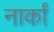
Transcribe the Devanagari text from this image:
नार्कां